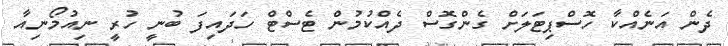
ދެން އަނެއްކާ ހޮސްޕިޓަލަށް ގެންގޮސް ދެއްކުމުން ޓެސްޓް ހަދައިފަ ބުނީ ހުރީ ނިއުމޯނިއާ